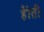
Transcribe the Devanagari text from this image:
हैोती